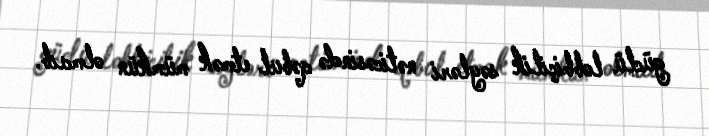
güclü lobbiçilik səyləri nəticəsində qəbul etmək mümkün olmaıb.